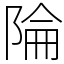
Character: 陯